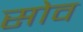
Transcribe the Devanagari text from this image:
सोव